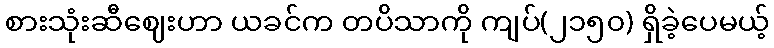
စားသုံးဆီဈေးဟာ ယခင်က တပိသာကို ကျပ်(၂၁၅၀) ရှိခဲ့ပေမယ့်